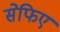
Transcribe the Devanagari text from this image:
सेफिए